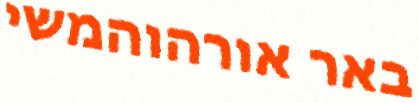
באר אורהוהמשי